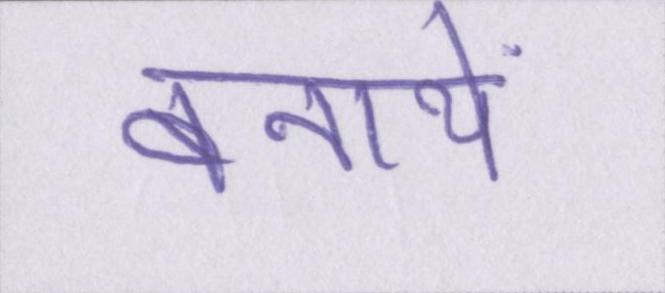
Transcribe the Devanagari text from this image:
बनायें